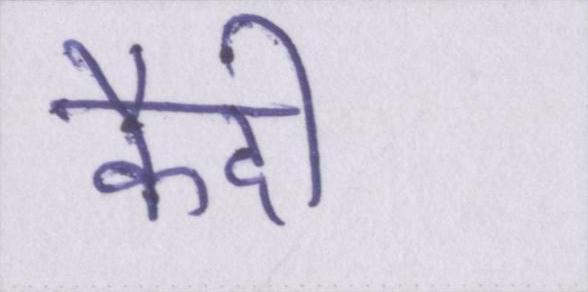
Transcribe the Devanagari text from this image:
कैदी